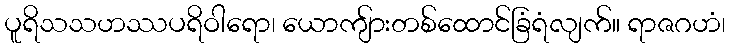
ပူရိသသဟဿပရိဝါရော၊ ယောကျ်ားတစ်ထောင်ခြံရံလျက်။ ရာဇဂဟံ၊